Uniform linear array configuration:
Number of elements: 12
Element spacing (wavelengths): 0.5
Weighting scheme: exponential
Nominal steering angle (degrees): -30
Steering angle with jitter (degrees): -29.551
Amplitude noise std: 0.05
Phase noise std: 0.05

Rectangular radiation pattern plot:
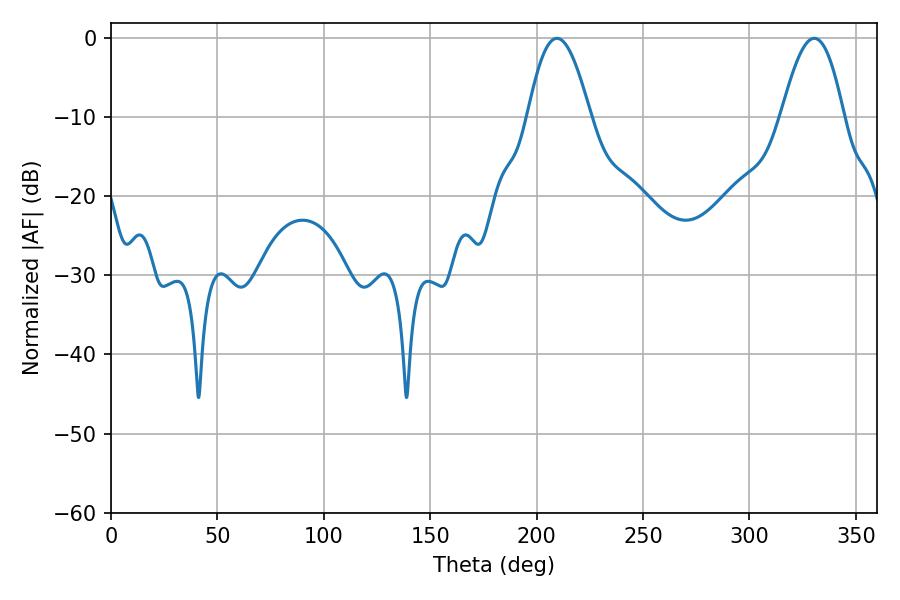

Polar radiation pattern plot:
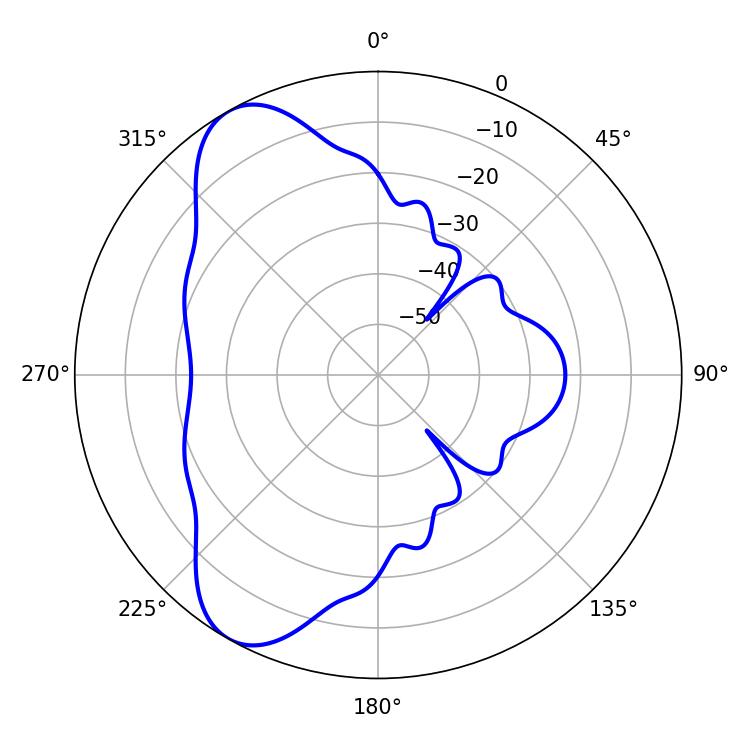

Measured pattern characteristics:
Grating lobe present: FALSE
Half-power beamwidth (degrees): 15.84
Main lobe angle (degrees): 209.52